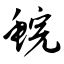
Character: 鲩